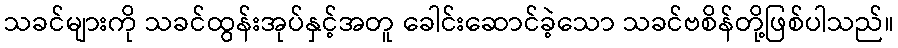
သခင်များကို သခင်ထွန်းအုပ်နှင့်အတူ ခေါင်းဆောင်ခဲ့သော သခင်ဗစိန်တို့ဖြစ်ပါသည်။